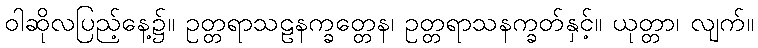
ဝါဆိုလပြည့်နေ့၌။ ဥတ္တရာသဠနက္ခတ္တေန၊ ဥတ္တရာသနက္ခတ်နှင့်။ ယုတ္တာ၊ လျက်။